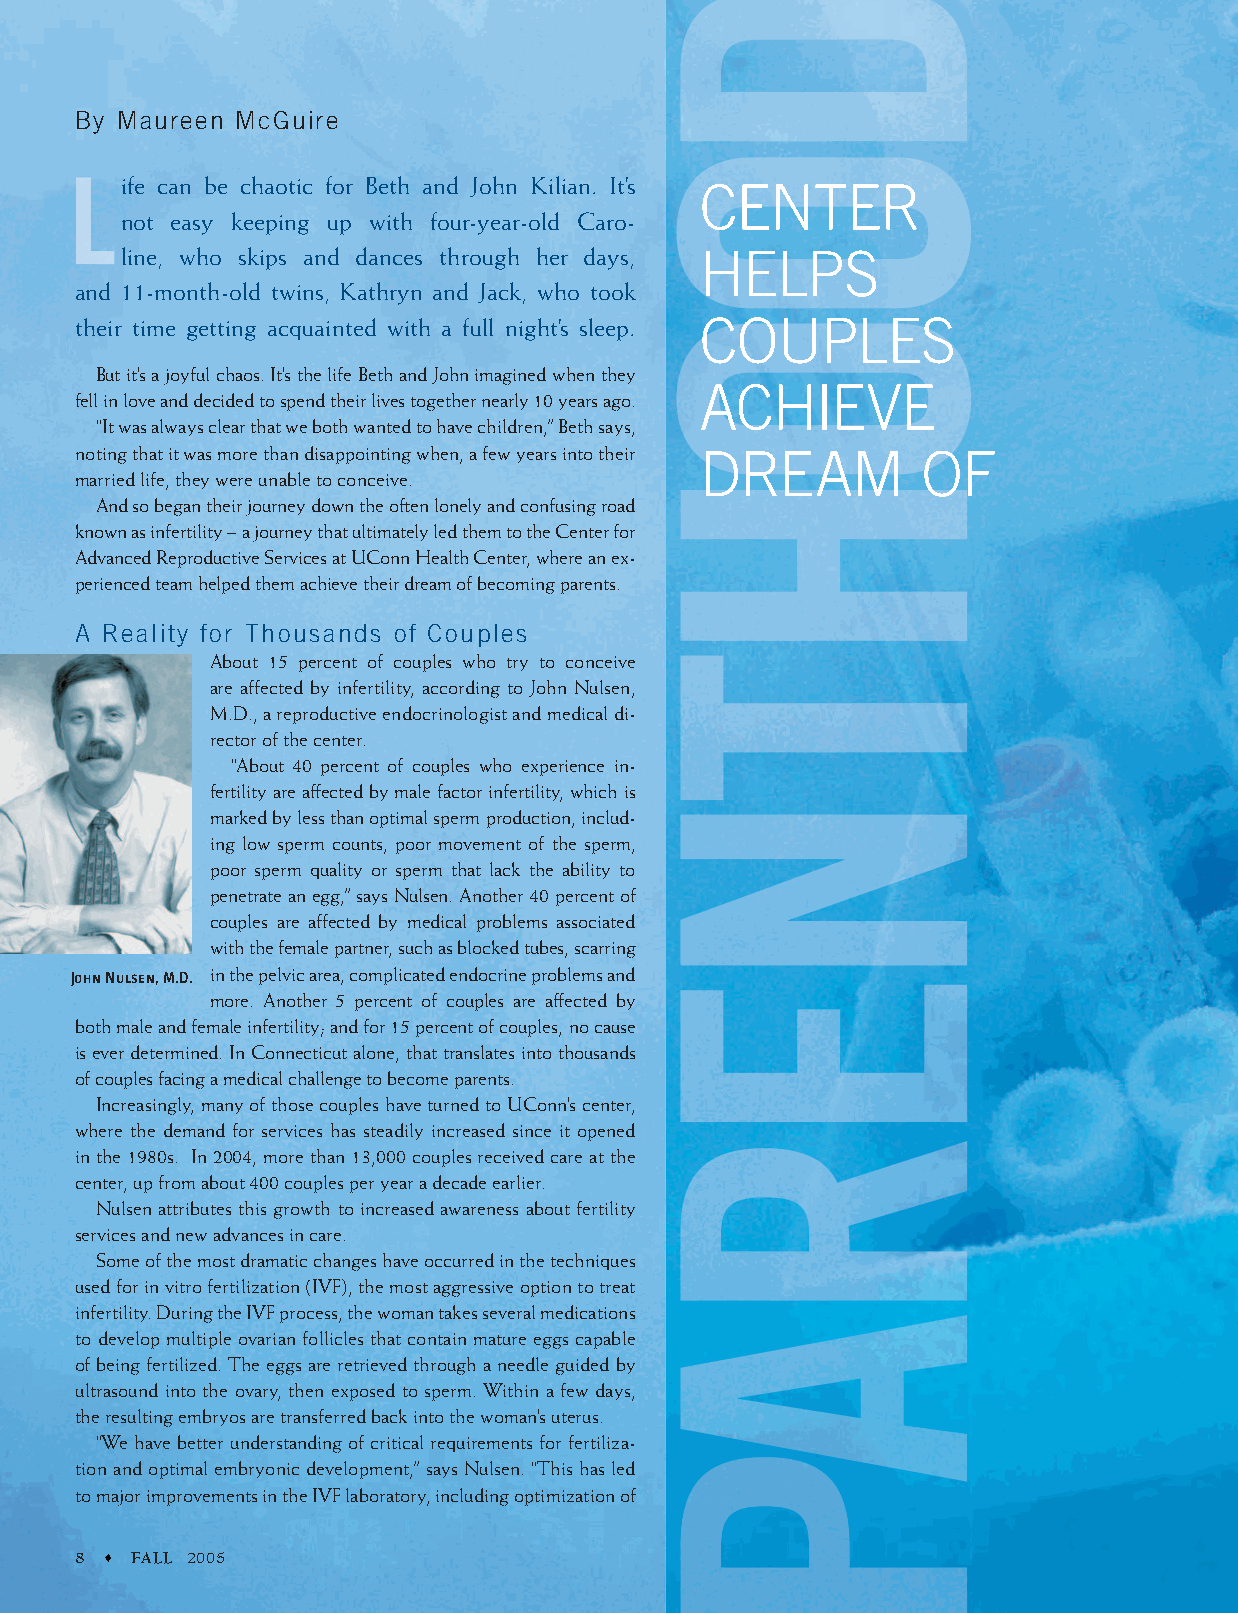
By Maureen McGuire
 ife can be chaotic for Beth and John Kilian. It’s CENTER
 not easy keeping up with four-year-old Caro-
 line, who skips and dances through her days, HELPS
 and 11-month-old twins, Kathryn and Jack, who took
 their time getting acquainted with a full night’s sleep. COUPLES
 But it’s a joyful chaos. It’s the life Beth and John imagined when they
 ACHIEVE
 fell in love and decided to spend their lives together nearly 10 years ago.
 “It was always clear that we both wanted to have children,” Beth says,
 noting that it was more than disappointing when, a few years into their DREAM OF
 married life, they were unable to conceive.
 And so began their journey down the often lonely and confusing road
 known as infertility – a journey that ultimately led them to the Center for
 Advanced Reproductive Services at UConn Health Center, where an ex-
 perienced team helped them achieve their dream of becoming parents.
 A Reality for Thousands of Couples
 About 15 percent of couples who try to conceive
 are affected by infertility, according to John Nulsen,
 M.D., a reproductive endocrinologist and medical di-
 rector of the center.
 “About 40 percent of couples who experience in-
 fertility are affected by male factor infertility, which is
 marked by less than optimal sperm production, includ-
 ing low sperm counts, poor movement of the sperm,
 poor sperm quality or sperm that lack the ability to
 penetrate an egg,” says Nulsen. Another 40 percent of
 couples are affected by medical problems associated
 with the female partner, such as blocked tubes, scarring
 John Nulsen, M.D. in the pelvic area, complicated endocrine problems and
 more. Another 5 percent of couples are affected by
 both male and female infertility; and for 15 percent of couples, no cause
 is ever determined. In Connecticut alone, that translates into thousands
 of couples facing a medical challenge to become parents.
 Increasingly, many of those couples have turned to UConn’s center,
 where the demand for services has steadily increased since it opened
 in the 1980s. In 2004, more than 13,000 couples received care at the
 center, up from about 400 couples per year a decade earlier.
 Nulsen attributes this growth to increased awareness about fertility
 services and new advances in care.
 Some of the most dramatic changes have occurred in the techniques
 used for in vitro fertilization (IVF), the most aggressive option to treat
 infertility. During the IVF process, the woman takes several medications
 to develop multiple ovarian follicles that contain mature eggs capable
 of being fertilized. The eggs are retrieved through a needle guided by
 ultrasound into the ovary, then exposed to sperm. Within a few days,
 the resulting embryos are transferred back into the woman’s uterus.
 “We have better understanding of critical requirements for fertiliza-
 tion and optimal embryonic development,” says Nulsen. “This has led
 to major improvements in the IVF laboratory, including optimization of
 8   FALL 2005